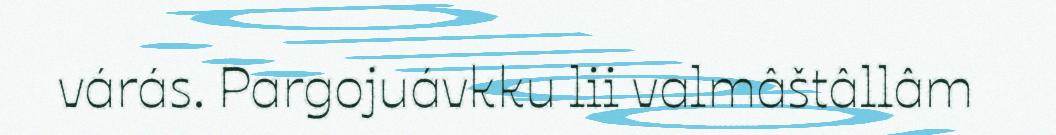
várás. Pargojuávkku lii valmâštâllâm